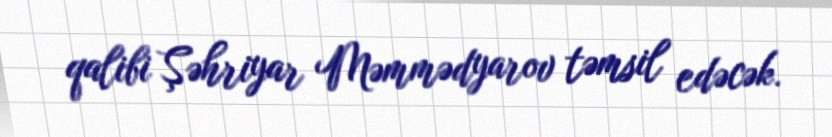
qalibi Şəhriyar Məmmədyarov təmsil edəcək.